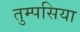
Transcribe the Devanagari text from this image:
तुम्पसिया